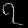
Digit: ၇